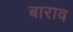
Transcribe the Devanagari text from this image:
बाराव